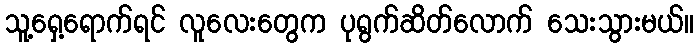
သူ့ရှေ့ရောက်ရင် လူလေးတွေက ပုရွက်ဆိတ်လောက် သေးသွားမယ်။